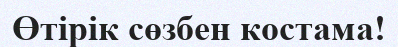
Өтірік сөзбен костама!